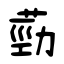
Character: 葝